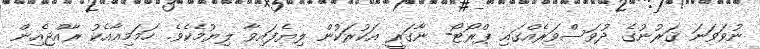
ނުވަވަނަ ޤަރުނުގެ ދުވަސްވަރެއްގައި ޕްރޯޓޯ- ނާގަރީ އަކުރަކުން ލިޔެފައިވާ ލިޔުމެކެވެ. ހަމަމިއާއެކު ރާއްޖެއިން